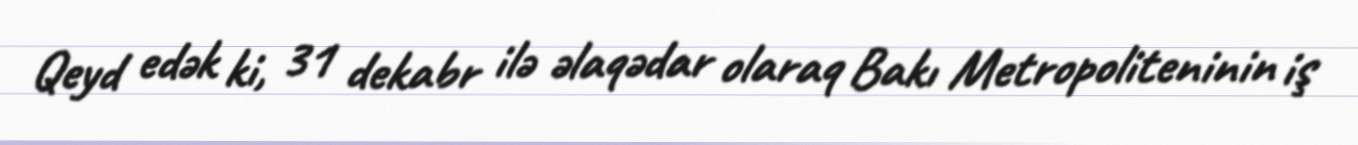
Qeyd edək ki, 31 dekabr ilə əlaqədar olaraq Bakı Metropoliteninin iş